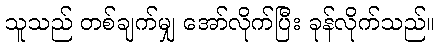
သူသည် တစ်ချက်မျှ အော်လိုက်ပြီး ခုန်လိုက်သည်။